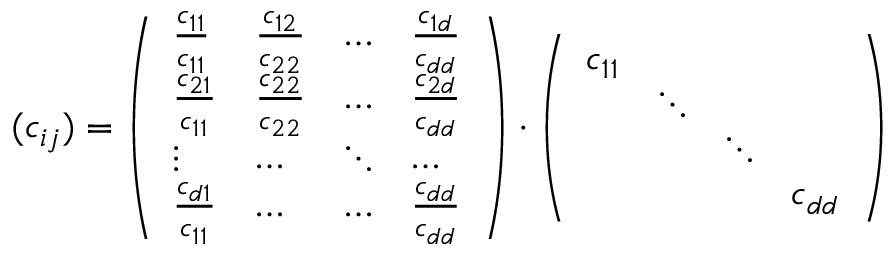
( c _ { i j } ) = \left( \begin{array} { l l l l } { \frac { c _ { 1 1 } } { c _ { 1 1 } } } & { \frac { c _ { 1 2 } } { c _ { 2 2 } } } & { \dots } & { \frac { c _ { 1 d } } { c _ { d d } } } \\ { \frac { c _ { 2 1 } } { c _ { 1 1 } } } & { \frac { c _ { 2 2 } } { c _ { 2 2 } } } & { \dots } & { \frac { c _ { 2 d } } { c _ { d d } } } \\ { \vdots } & { \dots } & { \ddots } & { \dots } \\ { \frac { c _ { d 1 } } { c _ { 1 1 } } } & { \dots } & { \dots } & { \frac { c _ { d d } } { c _ { d d } } } \end{array} \right) \cdot \left( \begin{array} { l l l l } { c _ { 1 1 } } & & & \\ & { \ddots } & & \\ & & { \ddots } & \\ & & & { c _ { d d } } \end{array} \right)